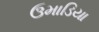
ઉમાડિયા